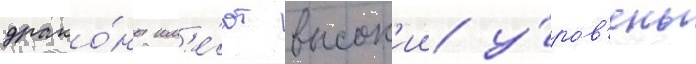
драко́ны им'е́ют высок'ии у́ров'ень